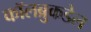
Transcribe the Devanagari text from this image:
कॉलब्रुकडेल